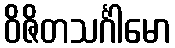
ဝိဇိတသင်္ဂါမော